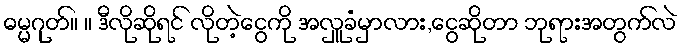
ဓမ္မဂုတ်။ ။ ဒီလိုဆိုရင် လိုတဲ့ငွေကို အလှူခံမှာလား,ငွေဆိုတာ ဘုရားအတွက်လဲ